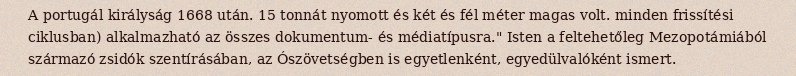
A portugál királyság 1668 után. 15 tonnát nyomott és két és fél méter magas volt. minden frissítési ciklusban) alkalmazható az összes dokumentum- és médiatípusra." Isten a feltehetőleg Mezopotámiából származó zsidók szentírásában, az Ószövetségben is egyetlenként, egyedülvalóként ismert.